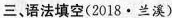
三、语法填空(2018·兰溪)